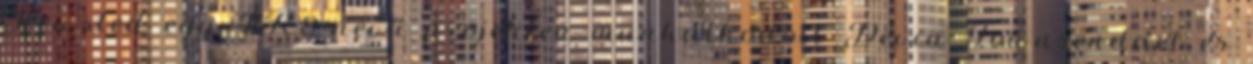
Newsted egy IR8 nevű projekten munkálkodott Devin Townsenddel és